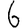
Digit: 6